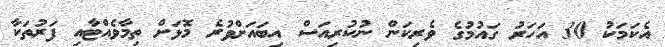
އެކަމަކު 30 އަހަރު ގައުމުގެ ވެރިކަން ނުކުރިއަސް އިބައަށްވުރެ މޮޅަށް ތިމާވެއްޓާއި ފަރުތަކާ